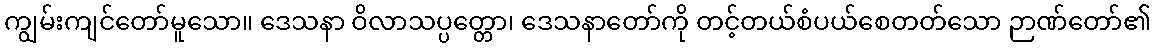
ကျွမ်းကျင်တော်မူသော။ ဒေသနာ ဝိလာသပ္ပတ္တော၊ ဒေသနာတော်ကို တင့်တယ်စံပယ်စေတတ်သော ဉာဏ်တော်၏